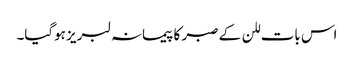
اس بات للن کے صبر کا پیمانہ لبریز ہوگیا۔